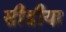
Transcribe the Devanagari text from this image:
सीडीया